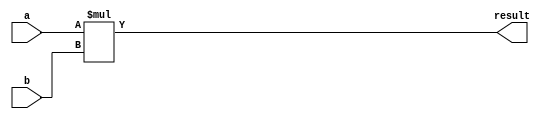
module SignedMultiplier(input signed [7:0] a, b,
                        output reg signed [15:0] result);

    always @(*) begin
        result = a * b;
    end

endmodule